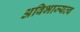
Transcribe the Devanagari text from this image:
अविभाज्यत्व